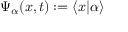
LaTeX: \Psi _ { \alpha } ( x , t ) : = \langle x | \alpha \rangle